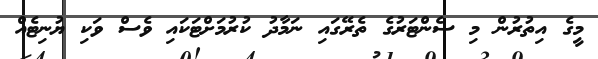
މީގެ އިތުރުން މި ސެންޓަރުގެ ތެރޭގައި ނަމާދު ކުރުމަށްޓަކައި ވެސް ވަކި ޔުނިޓެއް